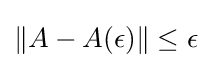
\|A-A(\epsilon )\|\leq \epsilon